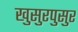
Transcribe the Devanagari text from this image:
खुसुरपुसुर